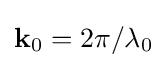
{\textbf {k}}_{0}=2\pi /\lambda _{0}